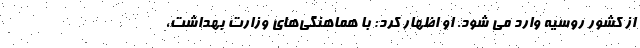
از کشور روسیه وارد می شود. او اظهار کرد: با هماهنگی‌های وزارت بهداشت،